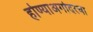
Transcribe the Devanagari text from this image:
होण्याअगोदरचा